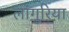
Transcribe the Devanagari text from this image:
लांगुरिया